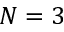
N = 3